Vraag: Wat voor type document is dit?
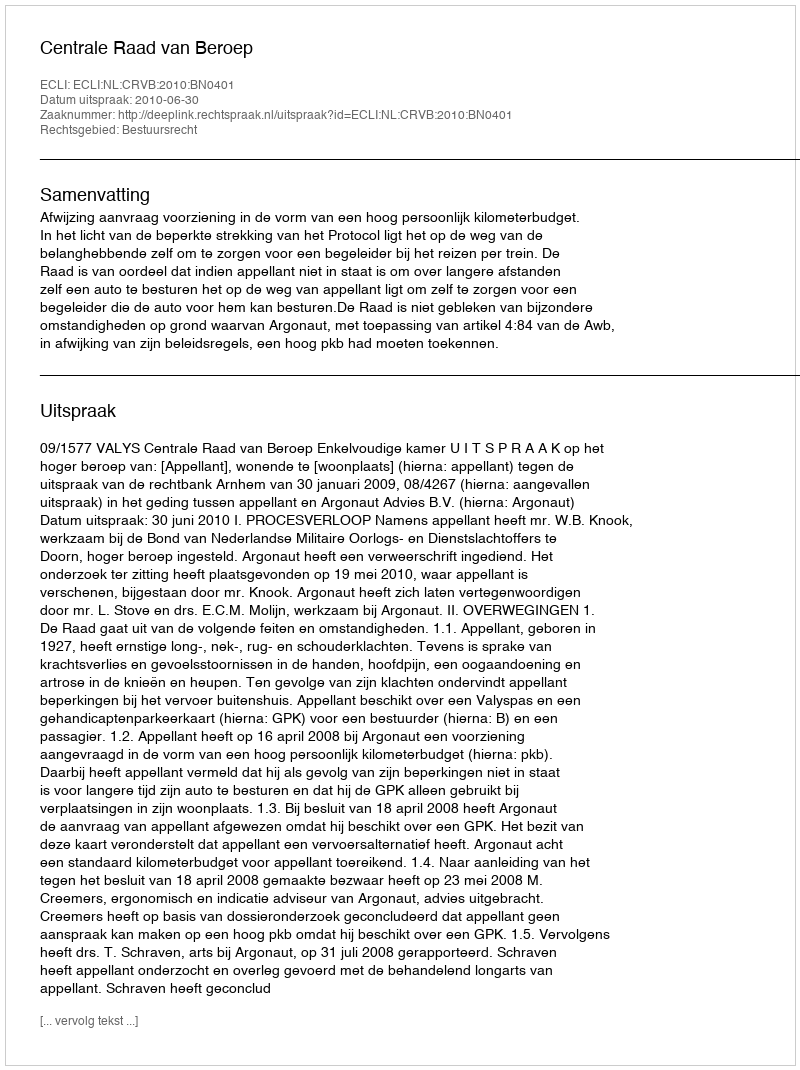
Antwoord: Uitspraak